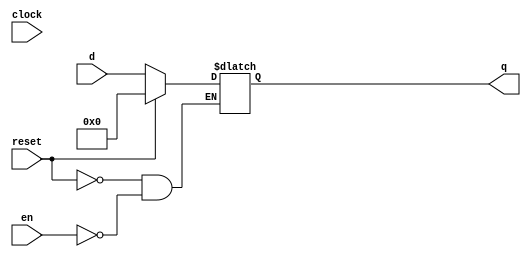
`timescale 1ns / 1ps
//////////////////////////////////////////////////////////////////////////////////
// Company: 
// Engineer: 
// 
// Design Name: 
// Module Name: dff8
// Project Name: 
// Target Devices: 
// Tool Versions: 
// Description: 
// 
// Dependencies: 
// 
// Revision:
// Revision 0.01 - File Created
// Additional Comments:
// 
//////////////////////////////////////////////////////////////////////////////////

// dff8.v
// Standard D flip-flop, transferring inputs of size DATA_WIDTH

// Inputs:
//
// clk -- clock signal
// reset -- when high, sets output to 0 on clock positive edge
// en -- enable latch
// d -- data input

// Outputs:
//
// q -- data output

module dff8(clock, reset, en, d, q);

    parameter DATA_WIDTH = 8;

    input clock;
    input reset;
    input en;
    input signed [DATA_WIDTH-1:0] d;
    output reg signed [DATA_WIDTH-1:0] q;

    always @(*) begin

        if (reset) begin
            q <= 0;
        end  // if (reset == 1'b1)

        else if (en) begin
            q <= d;
        end  // else if (en)

        else begin  // expecting this to get synthesized away (remove otherwise)
            q <= q;
        end  // else

    end  // always @(posedge clk)

endmodule  // dff8